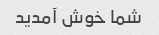
شما خوش آمدید